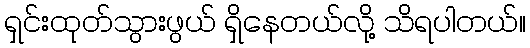
ရှင်းထုတ်သွားဖွယ် ရှိနေတယ်လို့ သိရပါတယ်။